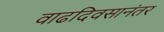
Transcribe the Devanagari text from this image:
वाढदिवसानंतर